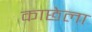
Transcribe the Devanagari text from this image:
काछेला